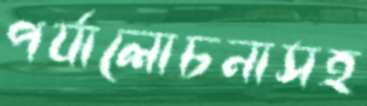
পর্যালোচনাসহ